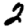
Digit: 2